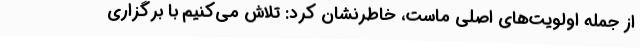
از جمله اولویت‌های اصلی ماست، خاطرنشان کرد: تلاش می‌کنیم با برگزاری